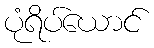
ပုံရိပ်ယောင်